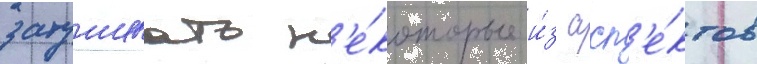
затушевать н'е́которые и́з асп'е́ктов